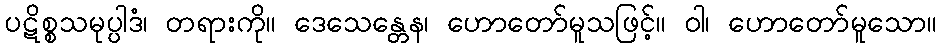
ပဋိစ္စသမုပ္ပါဒံ၊ တရားကို။ ဒေသေန္တေန၊ ဟောတော်မူသဖြင့်။ ဝါ၊ ဟောတော်မူသော။